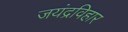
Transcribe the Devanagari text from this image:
जयंद्रविहार